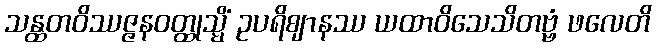
သန္ထတဝိဿဇ္ဇနဝတ္ထုသ္မိံ ဥပရိဈာနဿ ယထာဝိသေသိတဗ္ဗံ ဖလေတိ